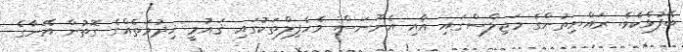
ބޭފުޅެކެވެ. ރައްޔިތުންގެ މަޖިލްސްގައި އާއި އެނޫނަސް މެހެފިލްތަކުގައި ޤައުމީ ޚިދުމަތެއްގެ ގޮތުން އޭނާގެ